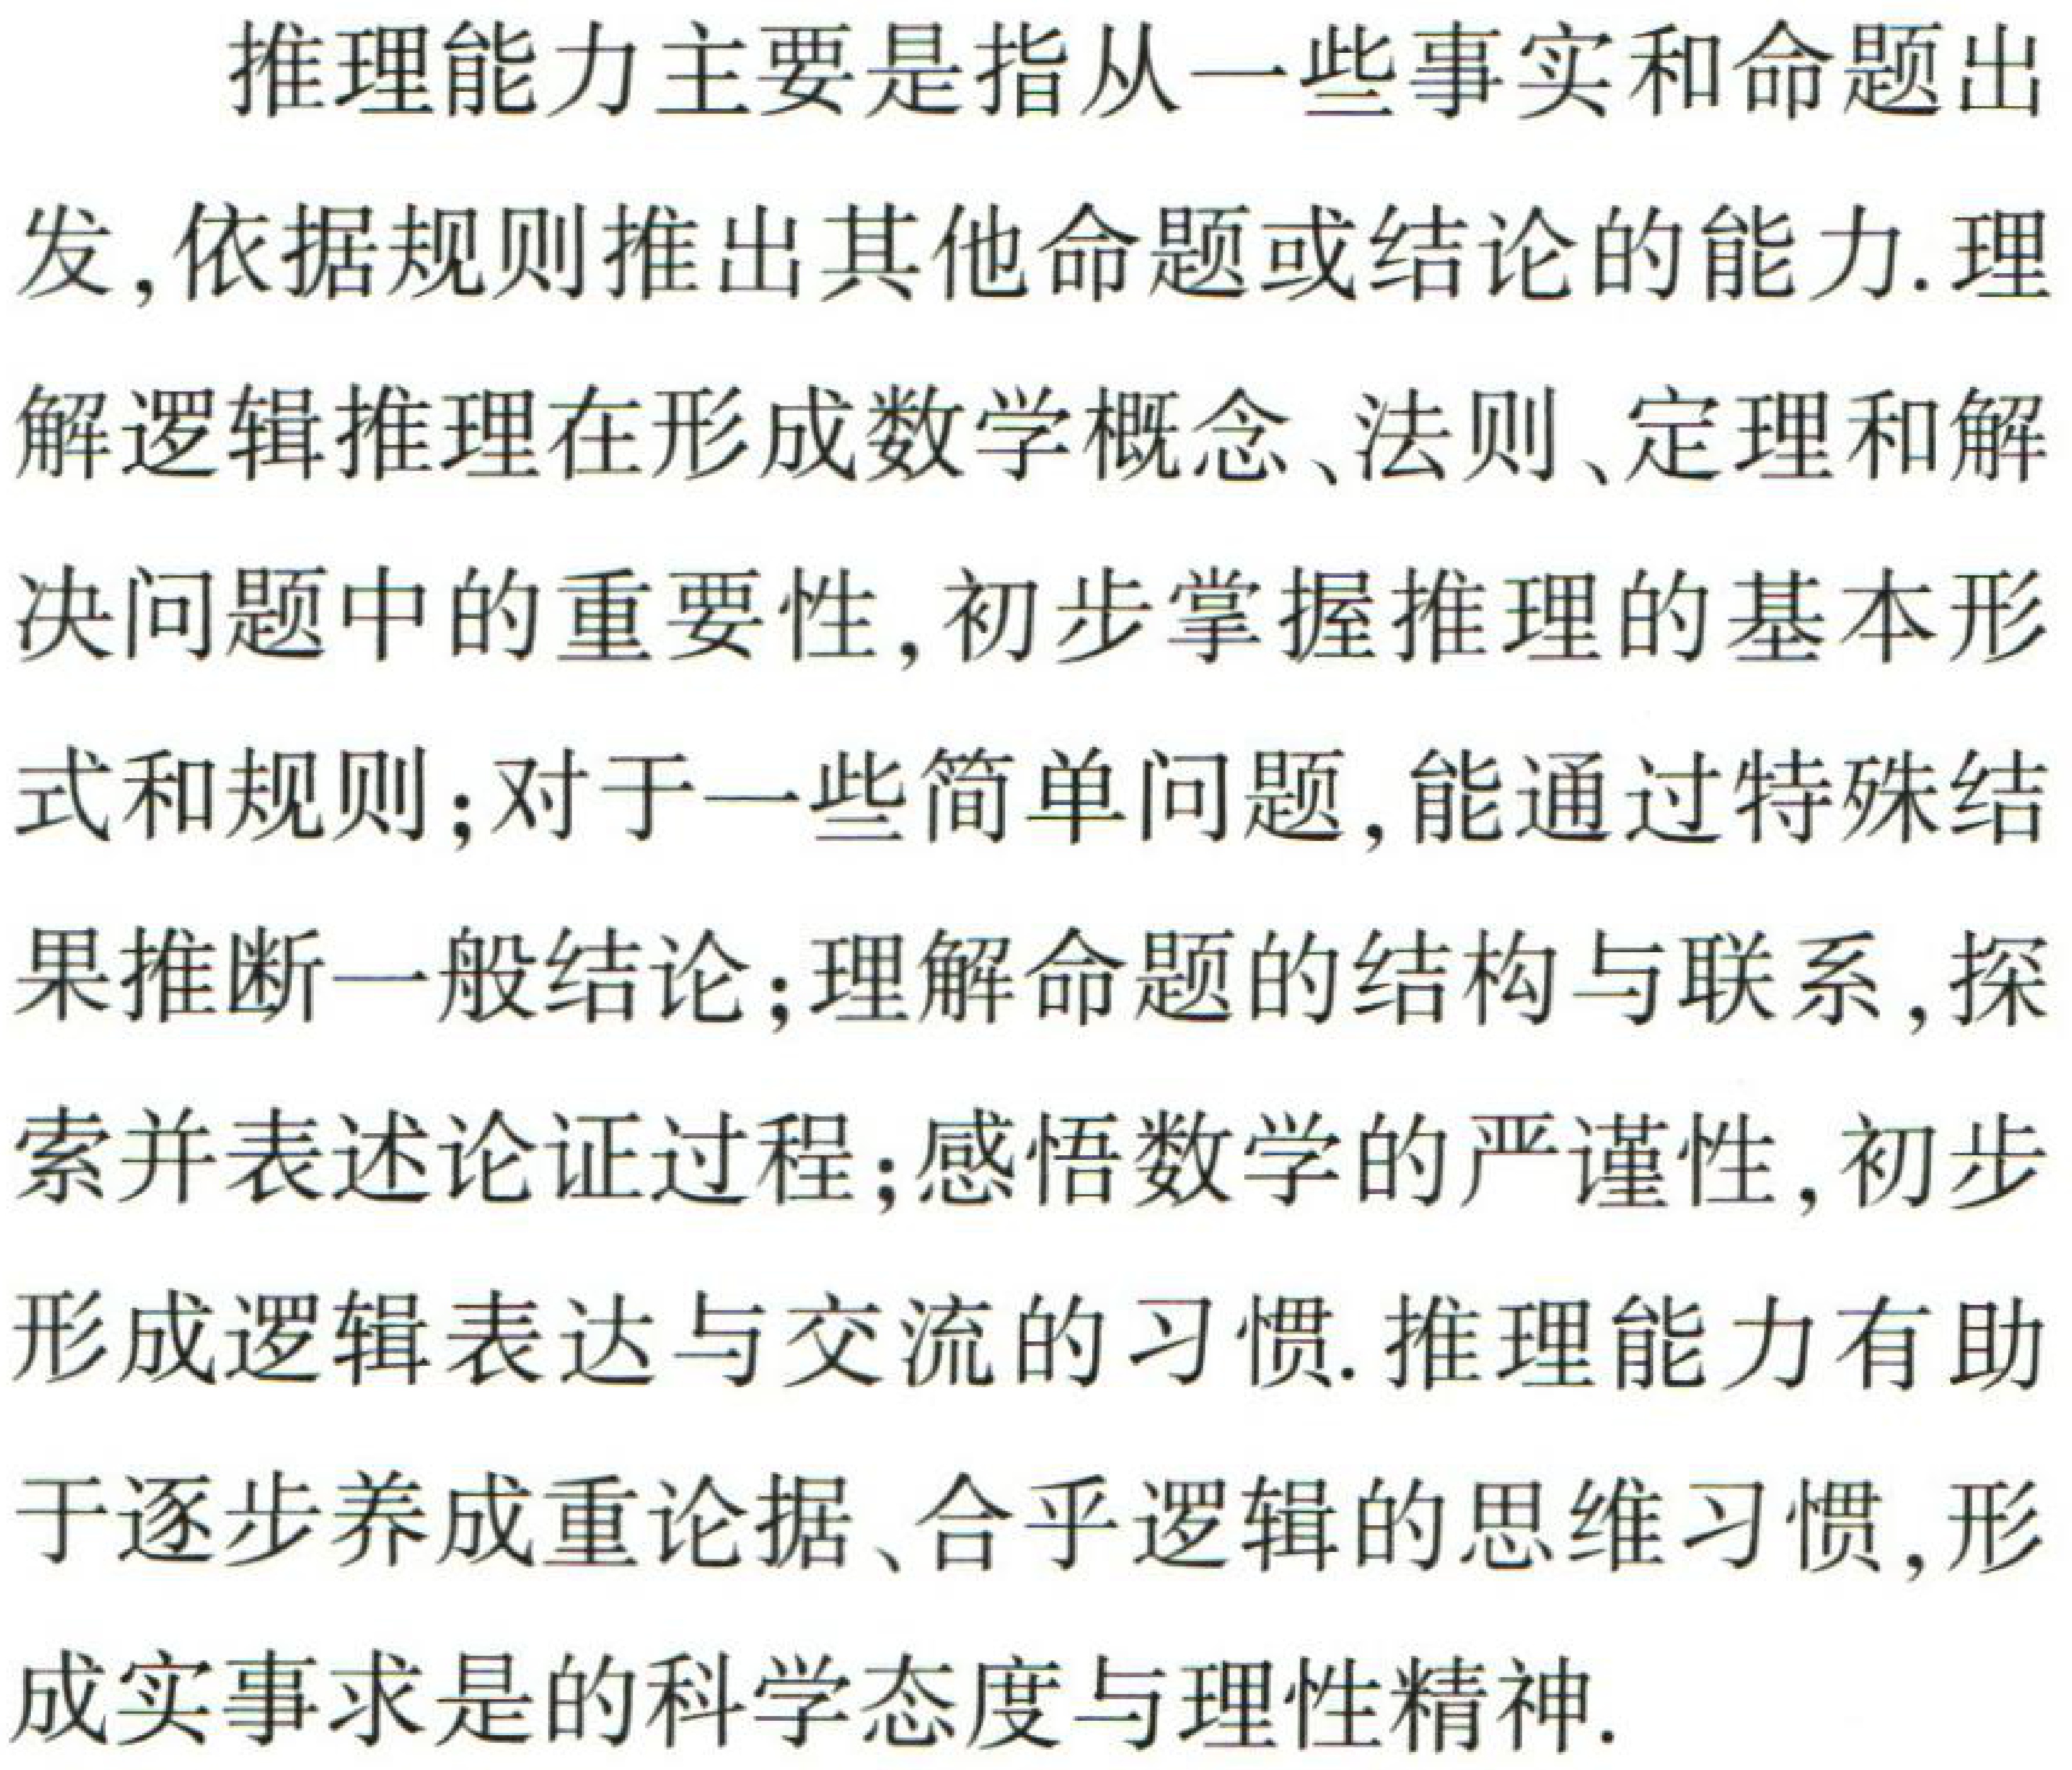
推理能力主要是指从一些事实和命题出发,依据规则推出其他命题或结论的能力.理解逻辑推理在形成数学概念、法则、定理和解决问题中的重要性,初步掌握推理的基本形式和规则;对于一些简单问题,能通过特殊结果推断一般结论;理解命题的结构与联系,探索并表述论证过程;感悟数学的严谨性,初步形成逻辑表达与交流的习惯.推理能力有助于逐步养成重论据、合乎逻辑的思维习惯,形成实事求是的科学态度与理性精神.